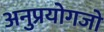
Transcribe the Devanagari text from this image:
अनुप्रयोगजो